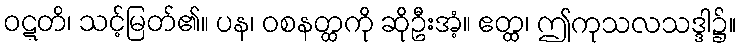
ဝဋ္ဋတိ၊ သင့်မြတ်၏။ ပန၊ ဝစနတ္ထကို ဆိုဦးအံ့။ ဧတ္ထ၊ ဤကုသလသဒ္ဒါ၌။